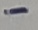
Text: -